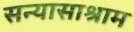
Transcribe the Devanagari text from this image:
सन्यासाश्राम